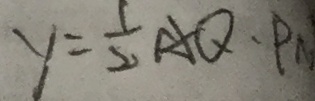
y = \frac { 1 } { 2 } A Q \cdot P N